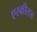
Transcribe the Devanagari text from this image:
एस्कीलस